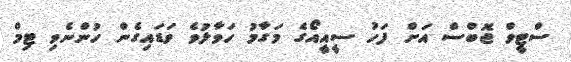
ސްޓީވް ޖޮބްސް އަށް ފަހު ސީއީއޯގެ މަގާމު ހަވާލުވެ ވަޑައިގެން ހުންނެވި ޓިމް